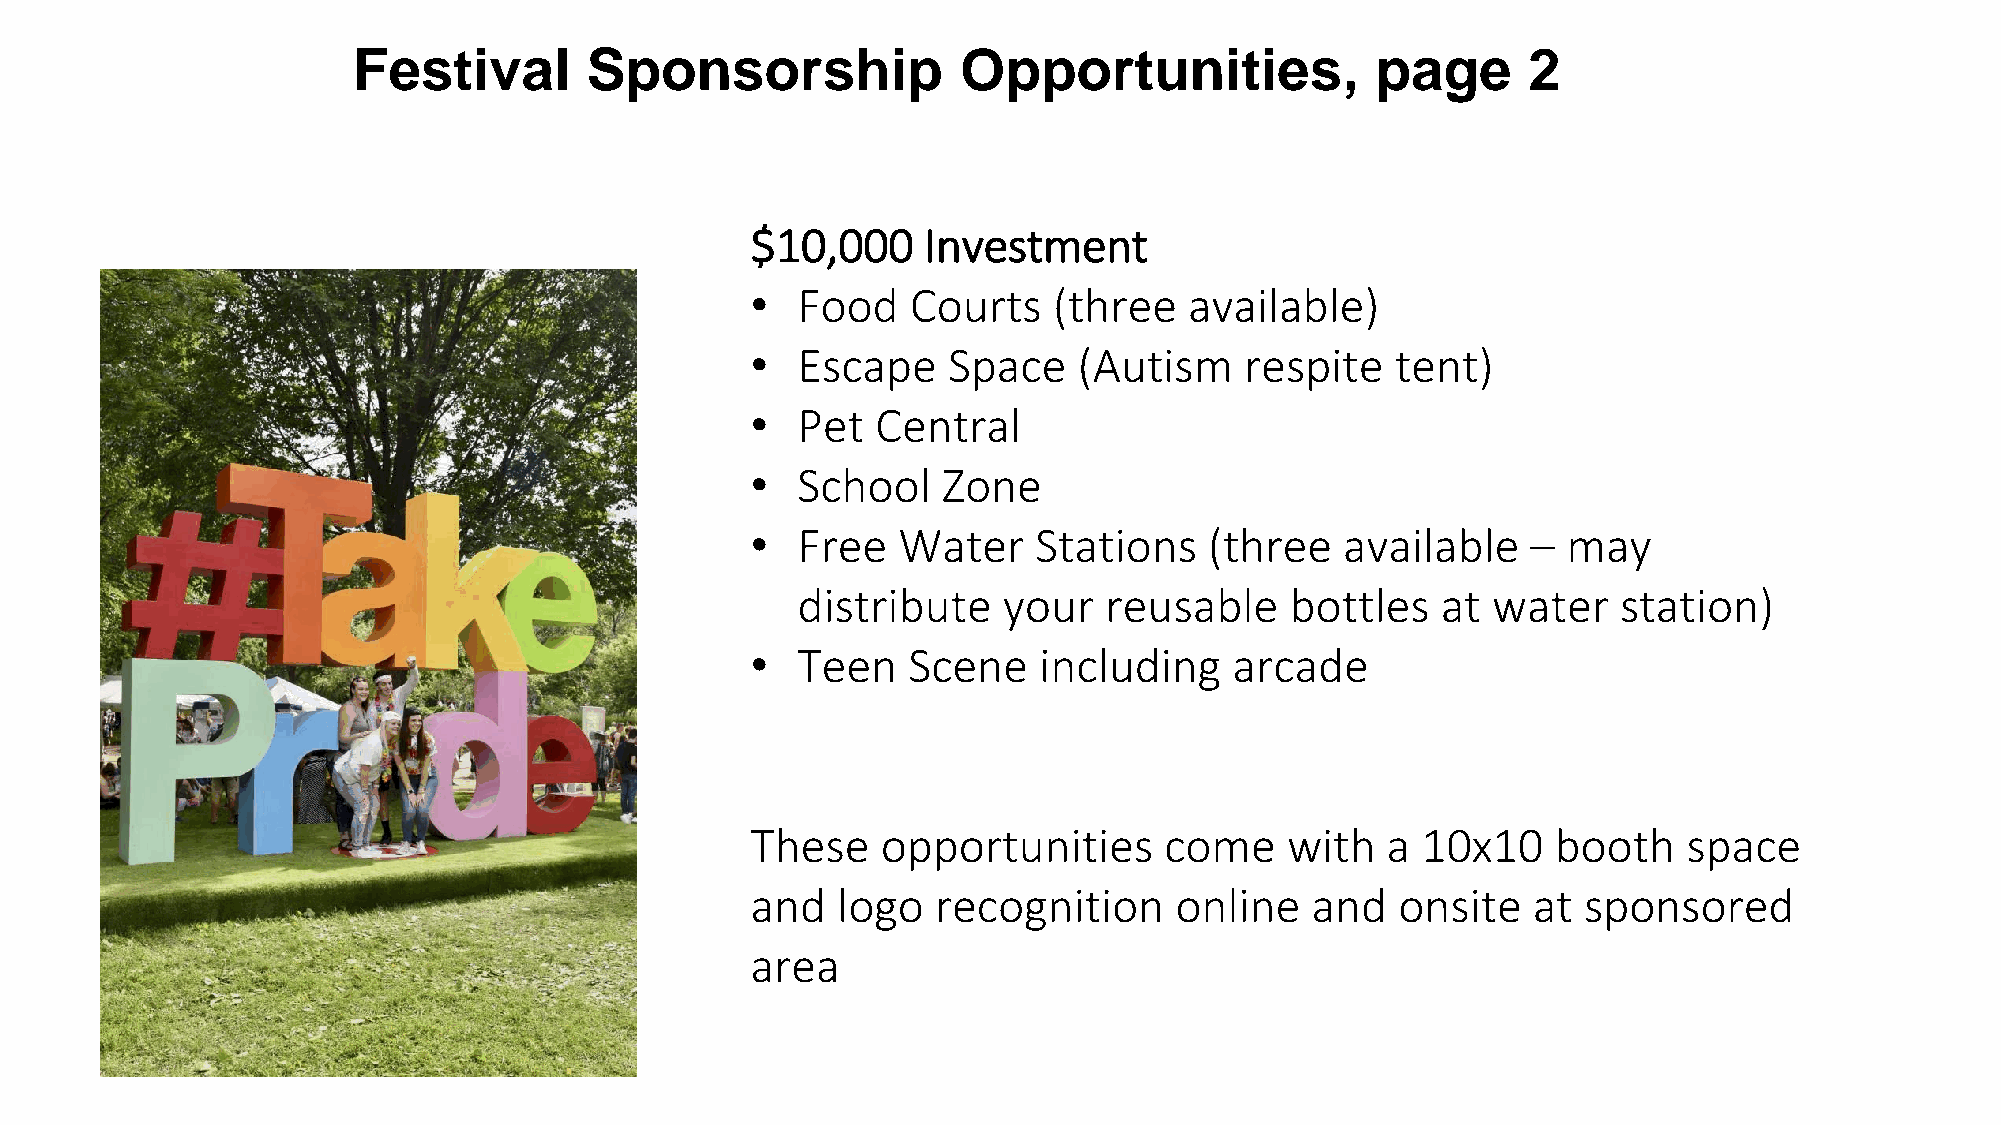
Festival        Sponsorship              Opportunities,             page      2
 $10,000    Investment
 •  Food   Courts    (three   available)
 •  Escape    Space   (Autism    respite   tent)
 •  Pet  Central
 •  School   Zone
 •  Free  Water     Stations   (three   available   –  may
 distribute   your   reusable    bottles   at  water   station)
 •  Teen   Scene    including    arcade
 These   opportunities      come    with   a 10x10    booth    space
 and  logo   recognition     online   and   onsite  at  sponsored
 area